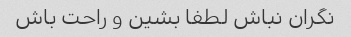
نگران نباش لطفا بشین و راحت باش